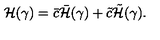
{ \cal H } ( \gamma ) = \bar { c } \bar { \cal H } ( \gamma ) + \tilde { c } \tilde { \cal H } ( \gamma ) .